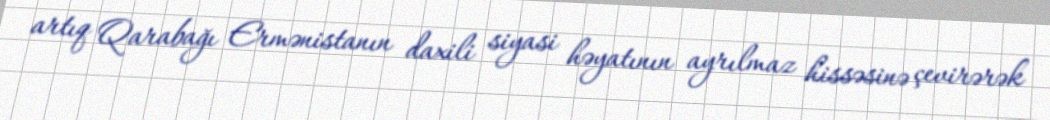
artıq Qarabağı Ermənistanın daxili siyasi həyatının ayrılmaz hissəsinə çevirərək